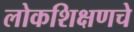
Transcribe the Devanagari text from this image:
लोकशिक्षणचे